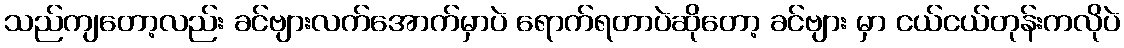
သည်ကျတော့လည်း ခင်ဗျားလက်အောက်မှာပဲ ရောက်ရတာပဲဆိုတော့ ခင်ဗျား မှာ ငယ်ငယ်တုန်းကလိုပဲ